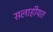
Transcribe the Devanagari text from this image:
सलाहीयत